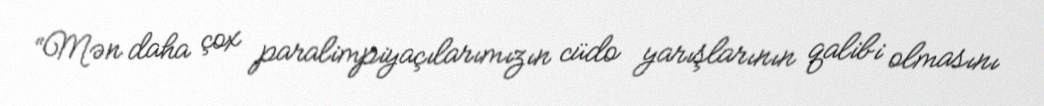
“Mən daha çox paralimpiyaçılarımızın cüdo yarışlarının qalibi olmasını